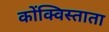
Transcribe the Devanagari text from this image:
कोंक्विस्ताता